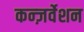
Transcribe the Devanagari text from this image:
कन्ज़र्वेशन